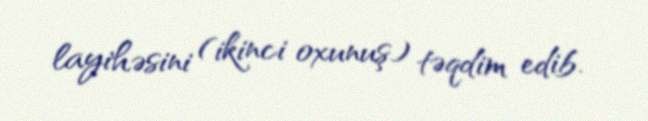
layihəsini (ikinci oxunuş) təqdim edib.